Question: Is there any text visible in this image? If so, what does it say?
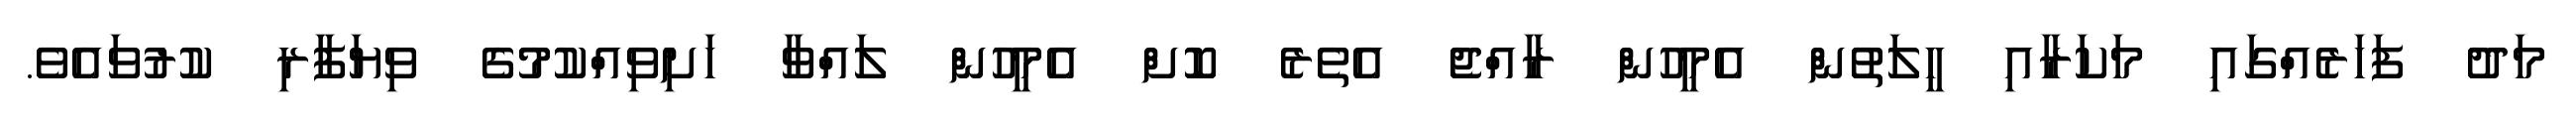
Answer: މަދު ފަހަރެއްގައި މަކަރާއި ހީލަތުން އެމީހުން ރާއްޖެ އެތެރެ ކޮށް އެމީހުން ލައްވާ ހަށިވިއްކުމުގެ ވިޔަފާރި ކުރުވައެވެ.